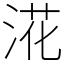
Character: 㳸